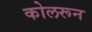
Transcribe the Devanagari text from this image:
कोलरून